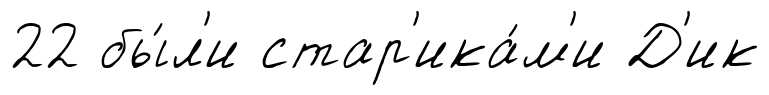
22 бы́л'и стар'ика́м'и Д'ик